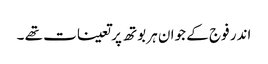
اندر فوج کے جوان ہر بوتھ پر تعینات تھے ۔